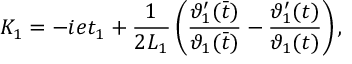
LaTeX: K _ { 1 } = - i e t _ { 1 } + \frac { 1 } { 2 L _ { 1 } } \left( \frac { \vartheta _ { 1 } ^ { \prime } ( \bar { t } ) } { \vartheta _ { 1 } ( \bar { t } ) } - \frac { \vartheta _ { 1 } ^ { \prime } ( t ) } { \vartheta _ { 1 } ( t ) } \right) ,